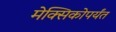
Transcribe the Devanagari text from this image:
मेक्सिकोपर्यंत